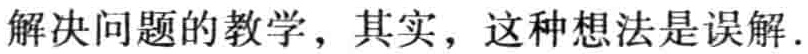
解决问题的教学，其实，这种想法是误解.